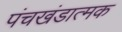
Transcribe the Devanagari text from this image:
पंचखंडात्मक